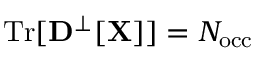
\mathrm { T r } [ { \bf D } ^ { \perp } [ { \bf X } ] ] = N _ { \mathrm { o c c } }